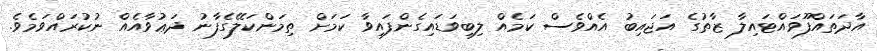
އާދަތައްފޫވައްޓައިލާ ޒާތުގެ އަޖައިބު އެއްވެސް ކަމެއް ލިބިވަޑައިގެންފައިވާ ކަމަށް ތިމަންކަލޭގެފާނު ދަޢުވާއެއް ނުކުރައްވަމެވެ.